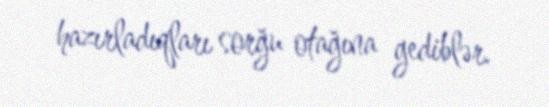
hazırladıqları sorğu otağına gediblər.